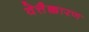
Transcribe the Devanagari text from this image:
वेत्तैक्कारण